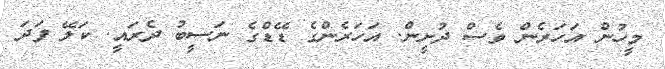
މީހުން އަހަރެން ވެސް ދުށީން. އަހަރެންގެ ޑޭޑްގެ ނަސީބު ދެރައީ. ކަލޭ ފަދަ